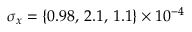
\sigma _ { x } = \{ 0 . 9 8 , \, 2 . 1 , \, 1 . 1 \} \times 1 0 ^ { - 4 }